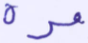
مرة